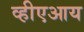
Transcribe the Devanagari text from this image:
व्हीएआय